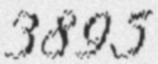
3895